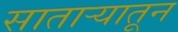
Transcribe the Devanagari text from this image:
सातार्‍यातून